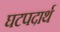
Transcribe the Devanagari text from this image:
घटपदार्थ